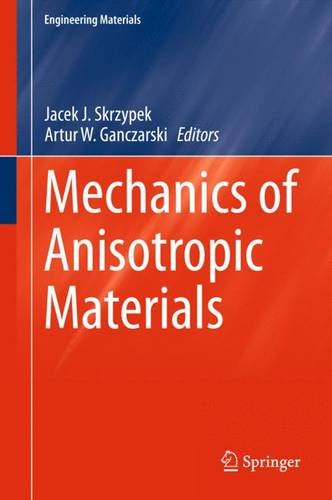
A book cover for Mechanics of Anisotropic Materials (Engineering Materials); Science & Math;